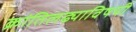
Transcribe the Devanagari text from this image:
क्रांतिलढ्याविषयी